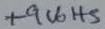
Text: +9Volts